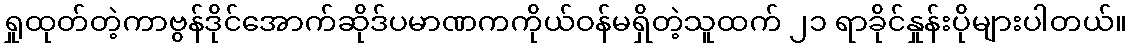
ရှုထုတ်တဲ့ကာဗွန်ဒိုင်အောက်ဆိုဒ်ပမာဏကကိုယ်ဝန်မရှိတဲ့သူထက် ၂၁ ရာခိုင်နှုန်းပိုများပါတယ်။